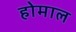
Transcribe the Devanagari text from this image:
होमाल